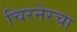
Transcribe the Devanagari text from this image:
चिरनेरचा